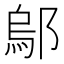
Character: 鄔